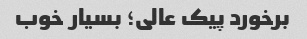
برخورد پیک عالی؛ بسیار خوب